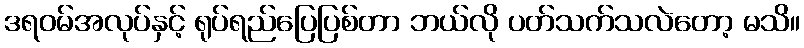
ဒရဝမ်အလုပ်နှင့် ရုပ်ရည်ပြေပြစ်တာ ဘယ်လို ပတ်သက်သလဲတော့ မသိ။